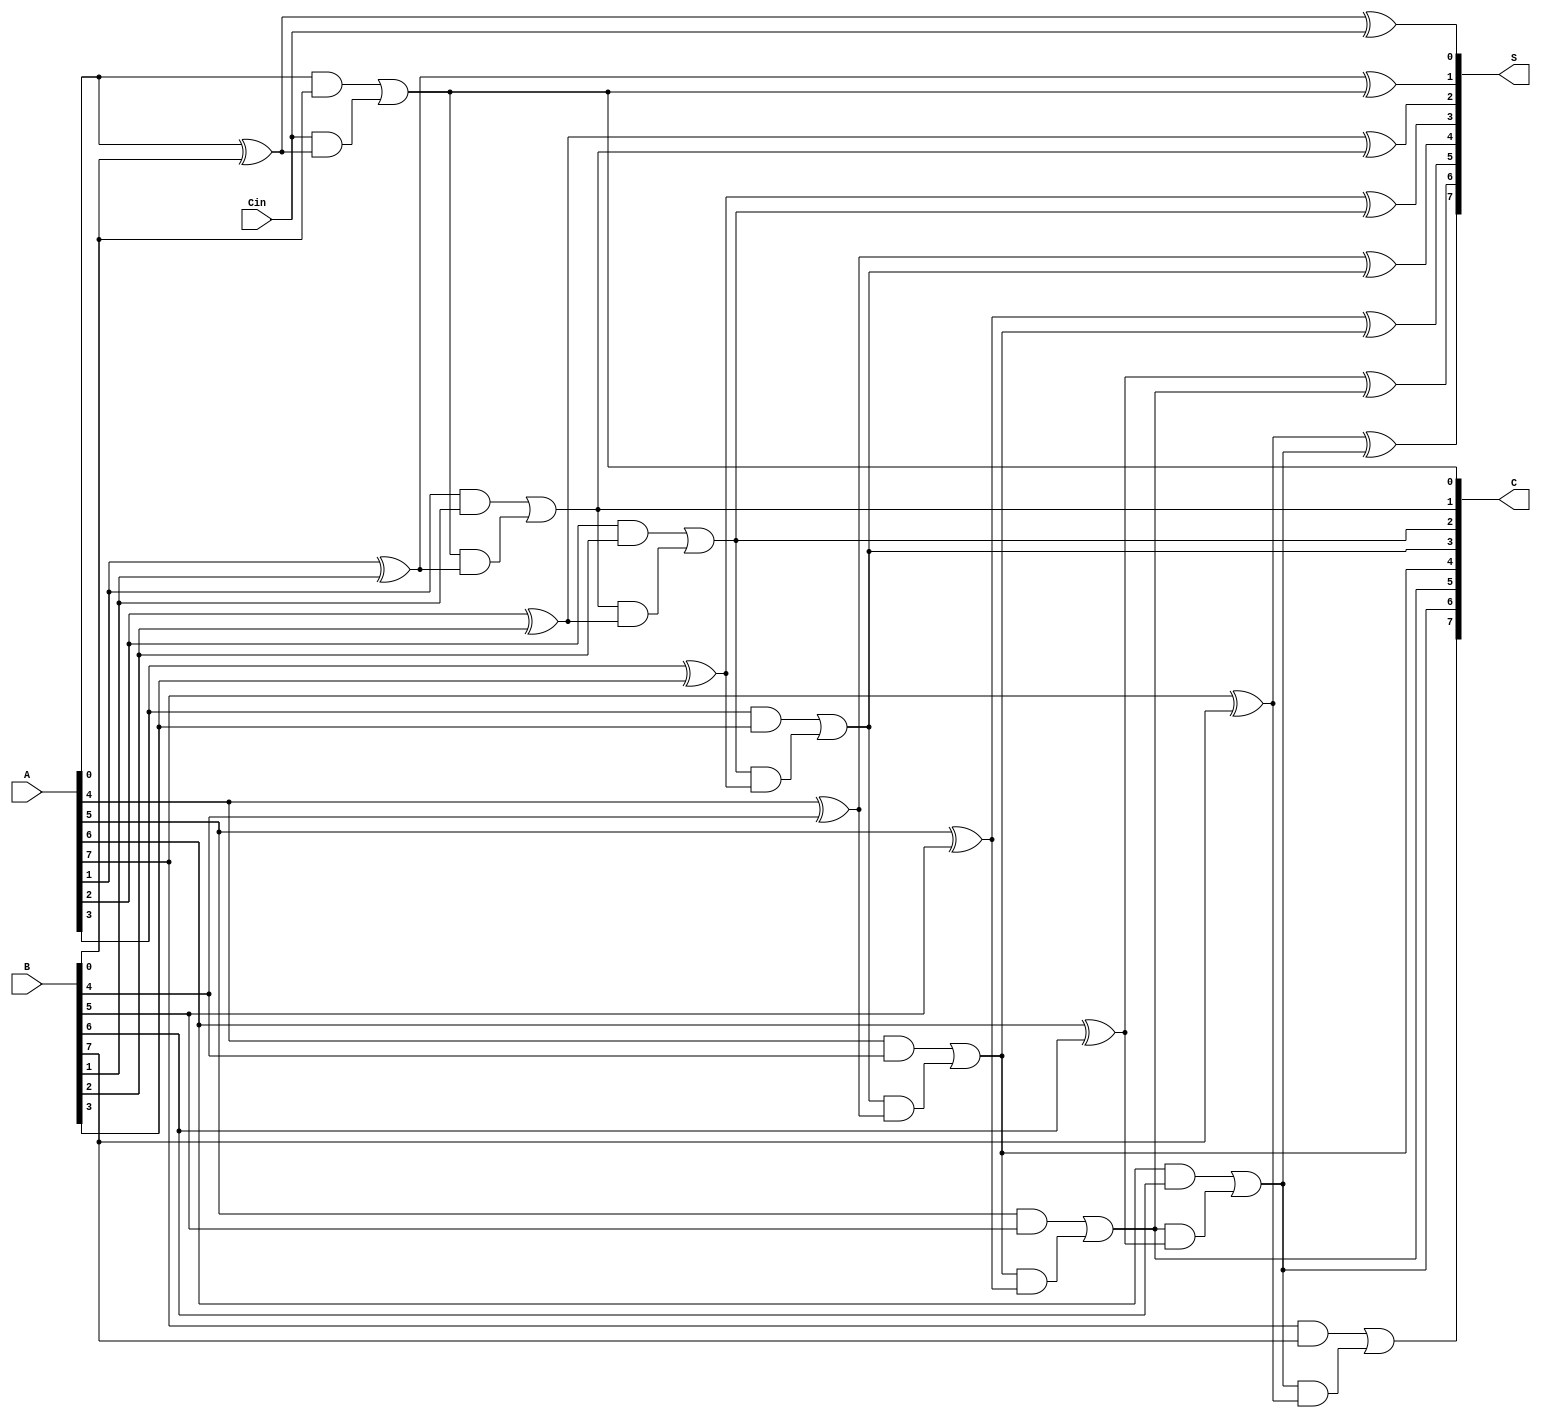
module CarrySaveAdder (
    input  wire [n-1:0] A,        // First n-bit input
    input  wire [n-1:0] B,        // Second n-bit input
    input  wire Cin,               // Carry-in bit
    output wire [n-1:0] S,        // Sum output vector
    output wire [n-1:0] C         // Carry output vector
);
    parameter n = 8;              // Width of the inputs (can be adjusted)

    // Internal wires to hold intermediate sum and carry values
    wire [n-1:0] HA_sum;
    wire [n-1:0] HA_carry;
    wire [n-1:0] FA_sum;
    wire [n-1:0] FA_carry;

    // Generate Half Adder for the least significant bit
    assign HA_sum[0] = A[0] ^ B[0];                // Sum for the first bit
    assign HA_carry[0] = A[0] & B[0];              // Carry for the first bit

    // Generate Half Adders for the remaining bits
    genvar i;
    generate 
        for (i = 1; i < n; i = i + 1) begin: HA
            assign HA_sum[i] = A[i] ^ B[i];        // Sum for remaining bits
            assign HA_carry[i] = A[i] & B[i];      // Carry for remaining bits
        end
    endgenerate

    // Full Adder to handle the carry-in for each bit
    generate 
        for (i = 0; i < n; i = i + 1) begin: FA
            if (i == 0) begin
                // For the least significant bit, only HA and Cin
                assign FA_sum[i] = HA_sum[i] ^ Cin;                          // Sum
                assign FA_carry[i] = HA_carry[i] | (Cin & HA_sum[i]);     // Carry
            end else begin
                // For the remaining bits, propagate both HA and FA
                assign FA_sum[i] = HA_sum[i] ^ FA_carry[i - 1];            // Sum
                assign FA_carry[i] = HA_carry[i] | (FA_carry[i - 1] & HA_sum[i]); // Carry
            end
        end
    endgenerate

    // Final Outputs
    assign S = FA_sum;  // Sum output from the Full Adders
    assign C = FA_carry; // Carry output from the Full Adders

endmodule